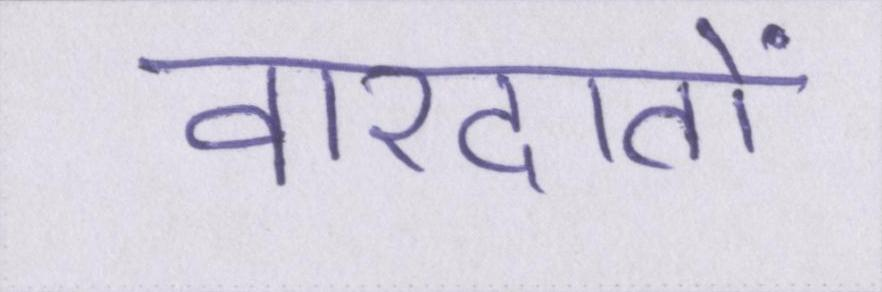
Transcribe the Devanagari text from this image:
वारदातों